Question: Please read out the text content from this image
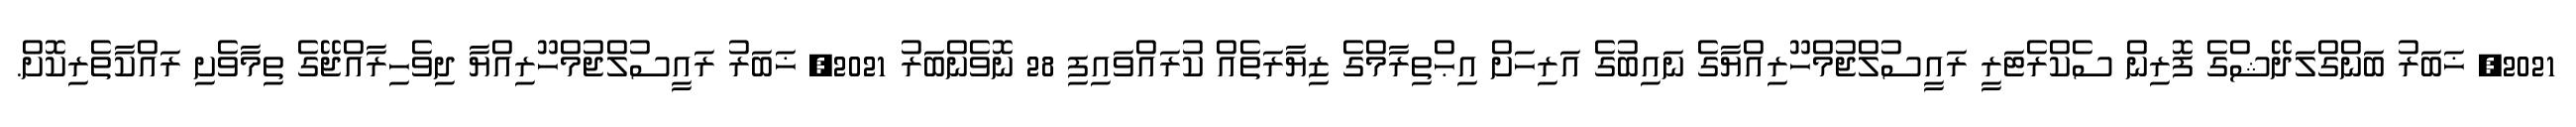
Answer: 2021, ޚަބަރު ބަންގްލަދޭޝްގެ ފޮރިން ސެކްރެޓަރީ ރައީސުލްޖުމްހޫރިއްޔާގެ ނައިބުގެ އަރިހަށް އިޙްތިރާމްގެ ޒިޔާރަތެއް ކުރައްވައިފި 28 ނޮވެންބަރު 2021, ޚަބަރު ރައީސުލްޖުމްހޫރިއްޔާ ދިވެހިރާއްޖޭގެ ތިމާވެށި ރައްކާތެރިކޮށް.